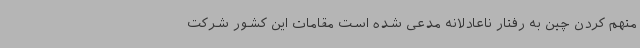
متهم کردن چین به رفتار ناعادلانه مدعی شده است مقامات این کشور شرکت